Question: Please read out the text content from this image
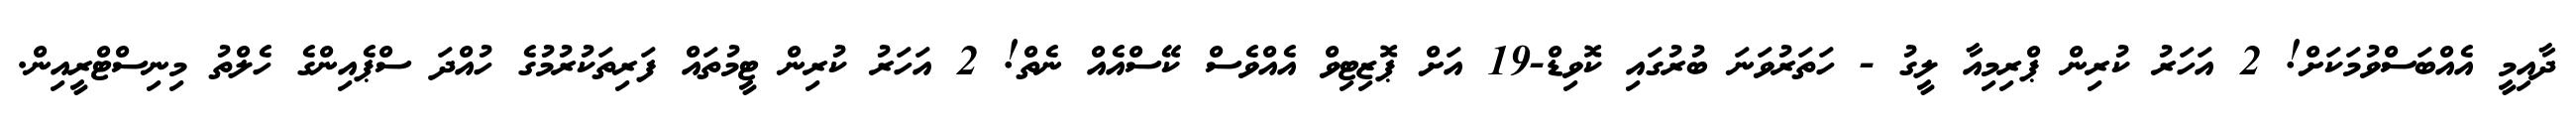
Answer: ދާއިމީ އެއްބަސްވުމަކަށް! 2 އަހަރު ކުރިން ޕްރިމިއާ ލީގު - ހަތަރުވަނަ ބުރުގައި ކޮވިޑް-19 އަށް ޕޮޒިޓިވް އެއްވެސް ކޭސްއެއް ނެތް! 2 އަހަރު ކުރިން ޓީމުތައް ފަރިތަކުރުމުގެ ހުއްދަ ސްޕެއިންގެ ހެލްތު މިނިސްޓްރީއިން.